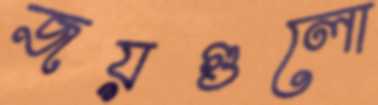
জয়গুলো